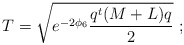
\begin{align*}T=\sqrt{e^{-2\phi_6} \frac{q^t (M+L) q}{2}}\ ;\end{align*}